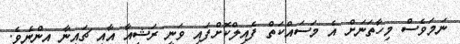
ނަމަވެސް މިހާތަނަށް އެ މަސައްކަތް ފެއިލްކޮށްފައި ވަނީ ރަޝިއާ އާއި ޗައިނާ އިންނެވެ.